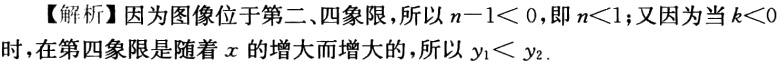
【解析】因为图像位于第二、四象限，所以\(n - 1<0\)，即\(n<1\)；又因为当\(k<0\)时，在第四象限是随着\(x\)的增大而增大的，所以\(y_{1}<y_{2}\).